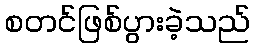
စတင်ဖြစ်ပွားခဲ့သည်